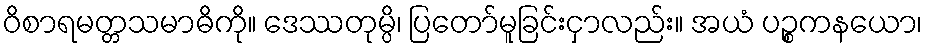
ဝိစာရမတ္တသမာဓိကို။ ဒေဿတုမ္ပိ၊ ပြတော်မူခြင်းငှာလည်း။ အယံ ပဉ္စကနယော၊